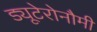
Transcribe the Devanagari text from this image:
ड्यूटेरोनौमी